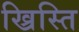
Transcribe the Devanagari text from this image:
ख्रिस्ति